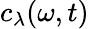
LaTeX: c_{\lambda}(\omega,t)